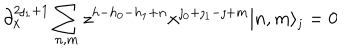
\partial _ { x } ^ { 2 \jmath _ { 1 } + 1 } \sum _ { n , m } z ^ { h - h _ { 0 } - h _ { 1 } + n } x ^ { \jmath _ { 0 } + \jmath _ { 1 } - \jmath + m } | n , m \rangle _ { \jmath } = 0